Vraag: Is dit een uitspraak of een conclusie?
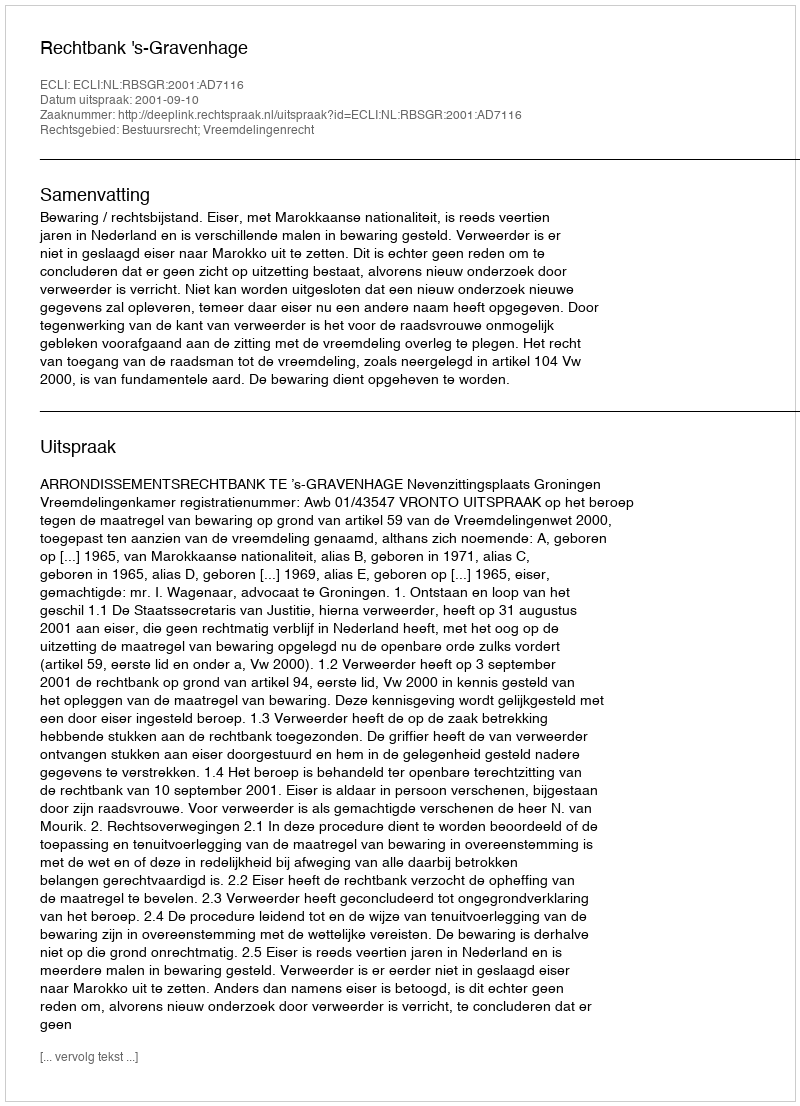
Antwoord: Uitspraak